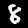
Label: 8